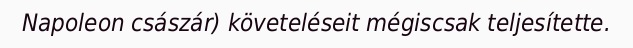
Napoleon császár) követeléseit mégiscsak teljesítette.